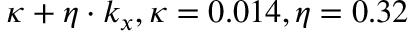
\kappa + \eta \cdot k _ { x } , \kappa = 0 . 0 1 4 , \eta = 0 . 3 2